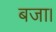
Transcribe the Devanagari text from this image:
बजा।